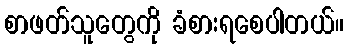
စာဖတ်သူတွေကို ခံစားရစေပါတယ်။